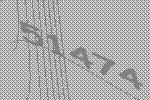
51474